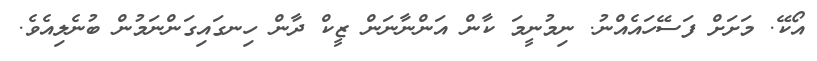
އޯކޭ. މަށަށް ފަސޭހައެއްނު. ނިމުނީމަ ކާން އަންނާނަން ޒީކް ދާން ހިނގައިގަންނަމުން ބުނެލިއެވެ.